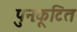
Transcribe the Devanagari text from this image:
पुनःकूटित